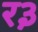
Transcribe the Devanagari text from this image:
र३